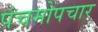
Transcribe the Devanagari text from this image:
पंचमोपचार